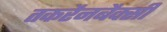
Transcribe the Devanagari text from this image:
तकरैनबैक्सी